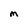
Character: M